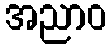
အညာဝ